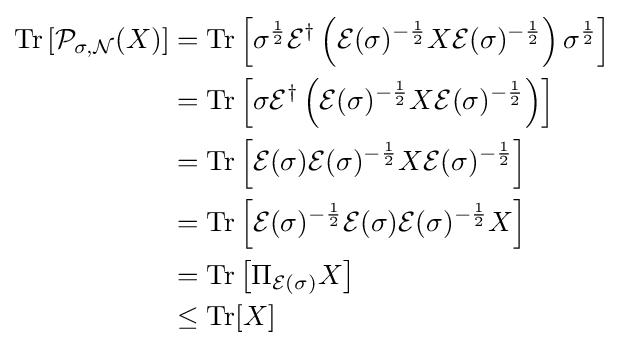
{\begin{aligned}\operatorname {Tr} \left[{\mathcal {P}}_{\sigma ,{\mathcal {N}}}(X)\right]&=\operatorname {Tr} \left[\sigma ^{\frac {1}{2}}{\mathcal {E}}^{\dagger }\left({\mathcal {E}}(\sigma )^{-{\frac {1}{2}}}X{\mathcal {E}}(\sigma )^{-{\frac {1}{2}}}\right)\sigma ^{\frac {1}{2}}\right]\\&=\operatorname {Tr} \left[\sigma {\mathcal {E}}^{\dagger }\left({\mathcal {E}}(\sigma )^{-{\frac {1}{2}}}X{\mathcal {E}}(\sigma )^{-{\frac {1}{2}}}\right)\right]\\&=\operatorname {Tr} \left[{\mathcal {E}}(\sigma ){\mathcal {E}}(\sigma )^{-{\frac {1}{2}}}X{\mathcal {E}}(\sigma )^{-{\frac {1}{2}}}\right]\\&=\operatorname {Tr} \left[{\mathcal {E}}(\sigma )^{-{\frac {1}{2}}}{\mathcal {E}}(\sigma ){\mathcal {E}}(\sigma )^{-{\frac {1}{2}}}X\right]\\&=\operatorname {Tr} \left[\Pi _{{\mathcal {E}}(\sigma )}X\right]\\&\leq \operatorname {Tr} [X]\end{aligned}}